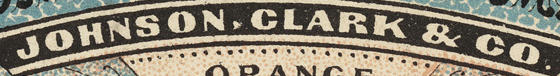
JOHNSON, CLARK & CO.